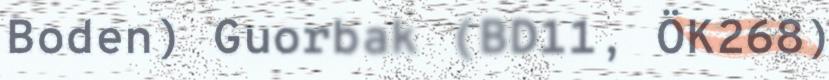
Boden) Guorbak (BD11, ÖK268)